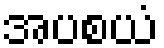
အပစယံ